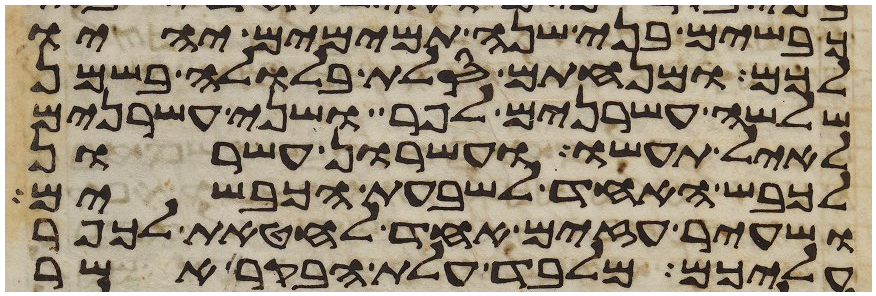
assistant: כבשים בני שנה תמימם יהיו
לכם ומנחתם סלת בלולה בשמן
שלשה עשרנים לפר ושני עשרנים
לאיל תעשו ועשרון עשרון
לכבש האחד לשבעת הכבשים
ושעיר עזים אחד לחטאת לכפר
עליכם מלבד עלת הבקר אשר